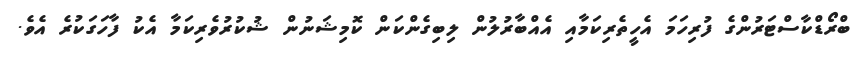
ބްރޯޑްކާސްޓަރުންގެ ފުރިހަމަ އެހީތެރިކަމާއި އެއްބާރުލުން ލިބިގެންކަން ކޮމިޝަނުން ޝުކުރުވެރިކަމާ އެކު ފާހަގަކުރެ އެވެ.